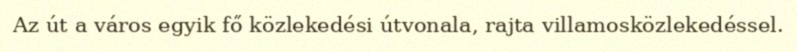
Az út a város egyik fő közlekedési útvonala, rajta villamosközlekedéssel.